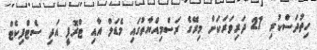
ހިތުދަސްކުރި 27 ދަރިވަރަކަށް މިރޭގެ ރަސްމިއްޔާތުގައި މެޑަލް އާއި ޓްރޮފީ އަދި ސެޓްފިކެޓް